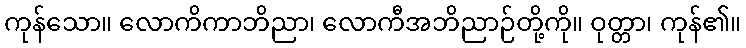
ကုန်သော။ လောကိကာဘိညာ၊ လောကီအဘိညာဉ်တို့ကို။ ဝုတ္တာ၊ ကုန်၏။